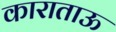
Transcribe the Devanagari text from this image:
काराताऊ